Report by Surgeon-Captain Childe, I.M.S. - Part II
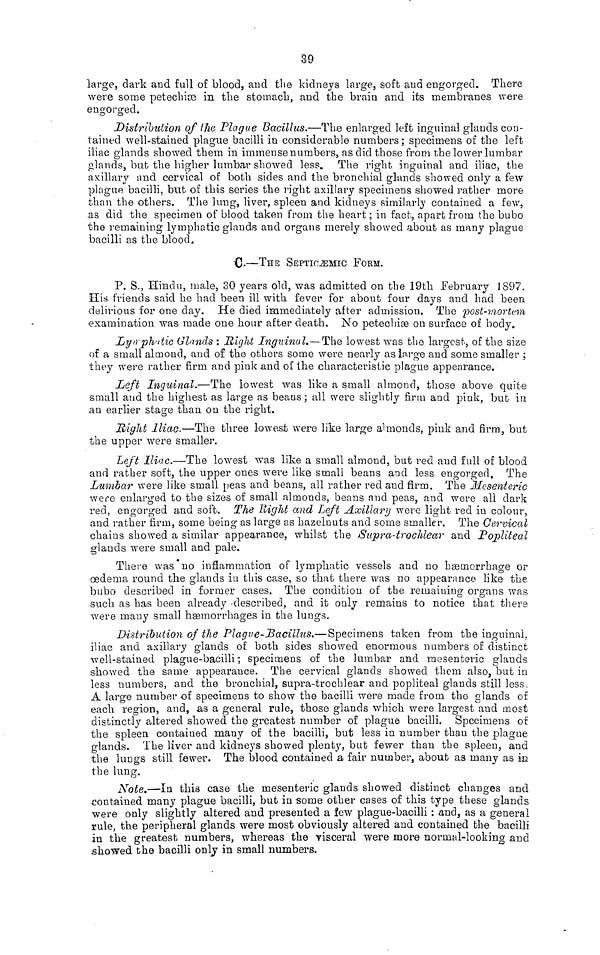
39
large, dark and full of blood, and the kidneys large, soft and engorged. There
were some petechiae in the stomach, and the brain and its membranes were
engorged.
Distribution of ihe Plague Bacillus.—The enlarged left inguinal glands con-
tained well-stained plague bacilli in considerable numbers; specimens of the left
iliac glands showed them in immense numbers, as did those from the lower lumbar
glands, but the higher lumbar showed less. The right inguinal and iliac, the
axillary and cervical of both sides and the bronchial glands showed only a few
plague bacilli, but of this series the right axillary specimens showed rather more
than the others. The lung, liver, spleen and kidneys similarly contained a few,
as did the specimen of blood taken from the heart; in fact, apart from the bubo
the remaining lymphatic glands and organs merely showed about as many plague
bacilli as the blood,
C.—THE SEPTIC ZEMIC FORM.
P. S., Hindu, male, 30 years old, was admitted on the 19th February 1897.
His friends said he had been ill with fever for about four days and had been
delirious for one day. He died immediately after admission. The post-mortem
examination was made one hour after death. No petechiae on surface of body.
Lymphtic Glands : Right Inguinal.—The lowest was the largest, of the size
of a small almond, and of the others some were nearly as large and some smaller :
they were rather firm and pink and of the characteristic plague appearance.
Left Inguinal.—The lowest was like a small almond, those above quite
small and the highest as large as beaus ; all were slightly firm and pink, but in
an earlier stage than on the right.
Rigid Iliac—The three lowest were like large almonds, pink and firm, but
the upper were smaller.
Left Iliac.—The lowest was like a small almond, but red and full of blood
and rather soft, the upper ones were like small beans and less engorged. The
Lumbar were like small peas and beans, all rather red and firm. The Mesenteric
were enlarged to the sizes of small almonds, beans and peas, and were all dark
red, engorged and soft. The Right and Left Axillary were light red in colour,
and rather firm, some being as large as hazelnuts and some smaller. The Cervical
chains showed a similar appearance, whilst the Supra-trochlear and Popliteal
glands were small and pale.
There was no inflammation of lymphatic vessels and no haemorrhage or
oedema round the glands in this case, so that there was no appearance like the
bubo described in former cases. The condition of the remaining organs was
such as has been already described, and it only remains to notice that there
were many small haemorrhages in the lungs.
Distribution of the Plague-Bacillus.—Specimens taken from the inguinal,
iliac and axillary glands of both sides showed enormous numbers of distinct
well-stained plague-bacilli', specimens of the lumbar and mesenteric glands
showed the same appearance. The cervical glands showed them also, but in
less numbers, and the bronchial, supra-trochlear and popliteal glands still less.
A large number of specimens to show the bacilli were made from the glands of
each region, and, as a general rule, those glands which were largest and most
distinctly altered showed the greatest number of plague bacilli. Specimens of
the spleen contained many of the bacilli, but less in number than the plague
glands. The liver and kidneys showed plenty, but fewer than the spleen, and
the lungs still fewer. The blood contained a fair number, about as many as in
the lung.
Note.—In this case the mesenteric glands showed distinct changes and
contained many plague bacilli, but in some other cases of this type these glands
were only slightly altered and presented a few plague-bacilli : and, as a general
rule, the peripheral glands were most obviously altered and contained the bacilli
in the greatest numbers, whereas the visceral were more normal-looking and
showed the bacilli only in small numbers.